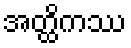
အတ္ထိကဿ